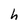
Character: h